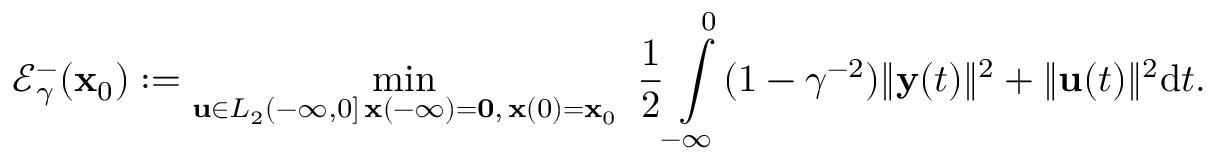
\mathcal { E } _ { \gamma } ^ { - } ( \mathbf { x } _ { 0 } ) : = \operatorname* { m i n } _ { \substack { \mathbf { u } \in L _ { 2 } ( - \infty , 0 ] \, \mathbf { x } ( - \infty ) = \mathbf { 0 } , \, \mathbf { x } ( 0 ) = \mathbf { x } _ { 0 } } } \ \frac { 1 } { 2 } \int \displaylimits _ { - \infty } ^ { 0 } ( 1 - \gamma ^ { - 2 } ) \Vert \mathbf { y } ( t ) \Vert ^ { 2 } + \Vert \mathbf { u } ( t ) \Vert ^ { 2 } \mathrm { { d } } t .